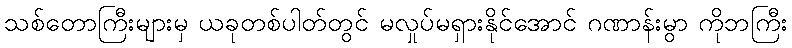
သစ်တောကြီးများမှ ယခုတစ်ပါတ်တွင် မလှုပ်မရှားနိုင်အောင် ဂဏာန်းမွာ ကိုဘကြီး